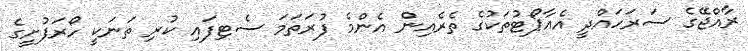
ރާއްޖޭގެ ސަރަހައްދީ އެއާޕޯޓުތަކުގެ ތެރެއިން އެންމެ ފުރަތަމަ ސެޓިފައި ކުރި ތަނަކީ ހޯރަފުށީގެ